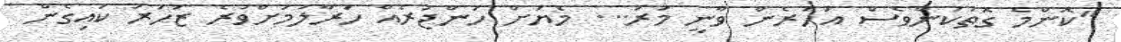
"ކޮންމެ ގޮތަކުންވެސް އަހަރެން ވާނީ މަރު... މެޔަށް ހަންޖަރެއް ހަރާލުމަށްވުރެ ޒަހަރު ކައިގެން